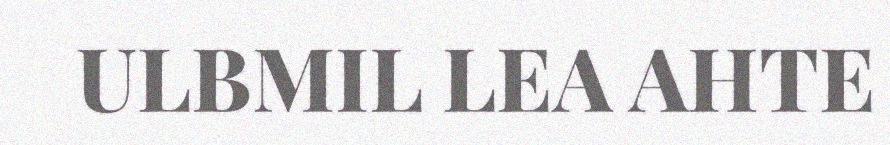
ULBMIL LEA AHTE